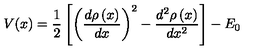
V ( x ) = \frac 1 2 \left[ \left( \frac { d \rho \left( x \right) } { d x } \right) ^ { 2 } - \frac { d ^ { 2 } \rho \left( x \right) } { d x ^ { 2 } } \right] - E _ { 0 }